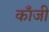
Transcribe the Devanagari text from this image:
काँजी